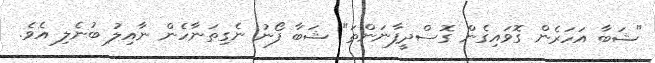
"ޝަބާ އަހަރެން ގޮވައިގެން ގޮސްދީފާނަންތަ" ޝަބާ ފޯނު ނެގިތަނާހެން ނާއިލު ބުނެލި އެވެ.